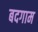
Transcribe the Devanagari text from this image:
बदगाम